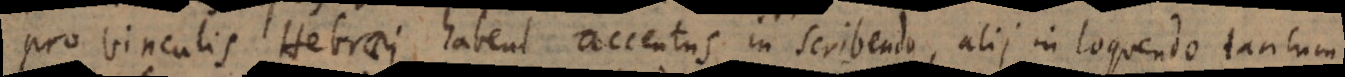
Pro vinculis Hebraei habent accentus in scribendo, alii in loquendo tantum.